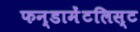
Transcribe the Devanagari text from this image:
फन्डामेंटलिस्ट